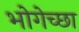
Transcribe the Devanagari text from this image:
भोगेच्छा